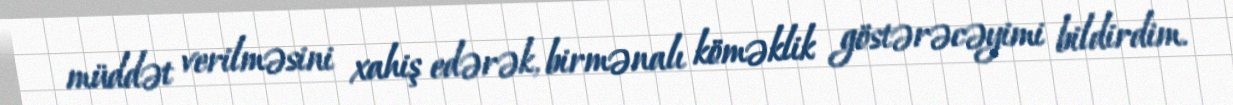
müddət verilməsini xahiş edərək, birmənalı köməklik göstərəcəyimi bildirdim.